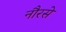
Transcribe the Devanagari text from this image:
नौरसे